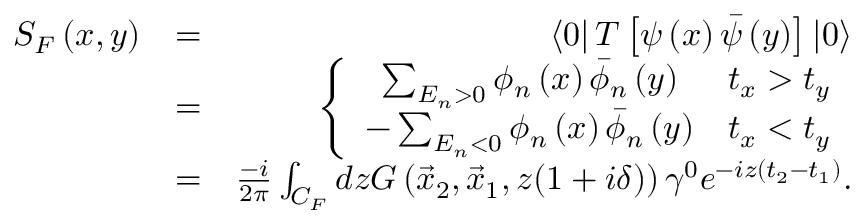
\begin{array} { r l r } { S _ { F } \left( x , y \right) } & { = } & { \left< 0 \right| T \left[ \psi \left( x \right) \bar { \psi } \left( y \right) \right] \left| 0 \right> } \\ & { = } & { \left\{ \begin{array} { c c } { \sum _ { E _ { n } > 0 } \phi _ { n } \left( x \right) \bar { \phi } _ { n } \left( y \right) } & { t _ { x } > t _ { y } } \\ { - \sum _ { E _ { n } < 0 } \phi _ { n } \left( x \right) \bar { \phi } _ { n } \left( y \right) } & { t _ { x } < t _ { y } } \end{array} \right. } \\ & { = } & { \frac { - i } { 2 \pi } \int _ { C _ { F } } d z G \left( \vec { x } _ { 2 } , \vec { x } _ { 1 } , z ( 1 + i \delta ) \right) \gamma ^ { 0 } e ^ { - i z \left( t _ { 2 } - t _ { 1 } \right) } . } \end{array}